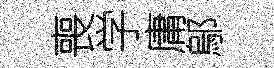
喪学庸鄔